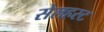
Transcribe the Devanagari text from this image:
सेलहस्ट